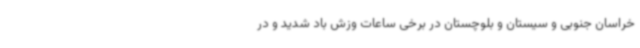
خراسان جنوبی و سیستان و بلوچستان در برخی ساعات وزش باد شدید و در